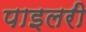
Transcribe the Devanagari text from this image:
पाइलरी